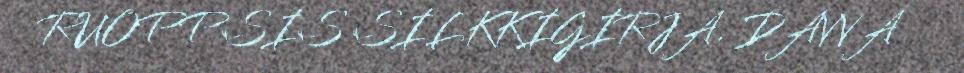
RUOPPSIS SILKKIGIRJA. DAVVA